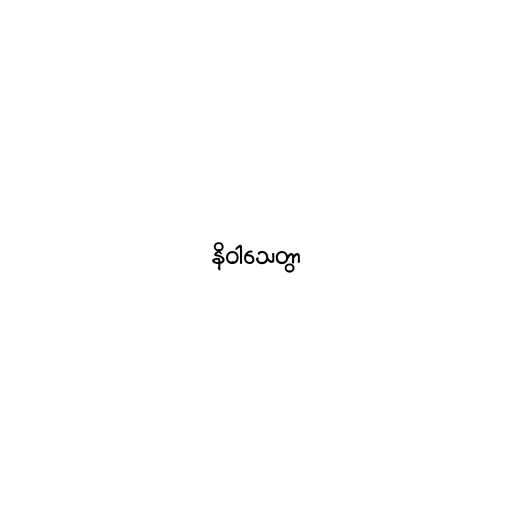
နိဝါသေတွာ